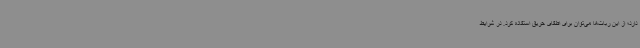
دارد؛ از این ربات‌ها ‌می‌توان برای اطفای حریق استفاده کرد. در شرایط